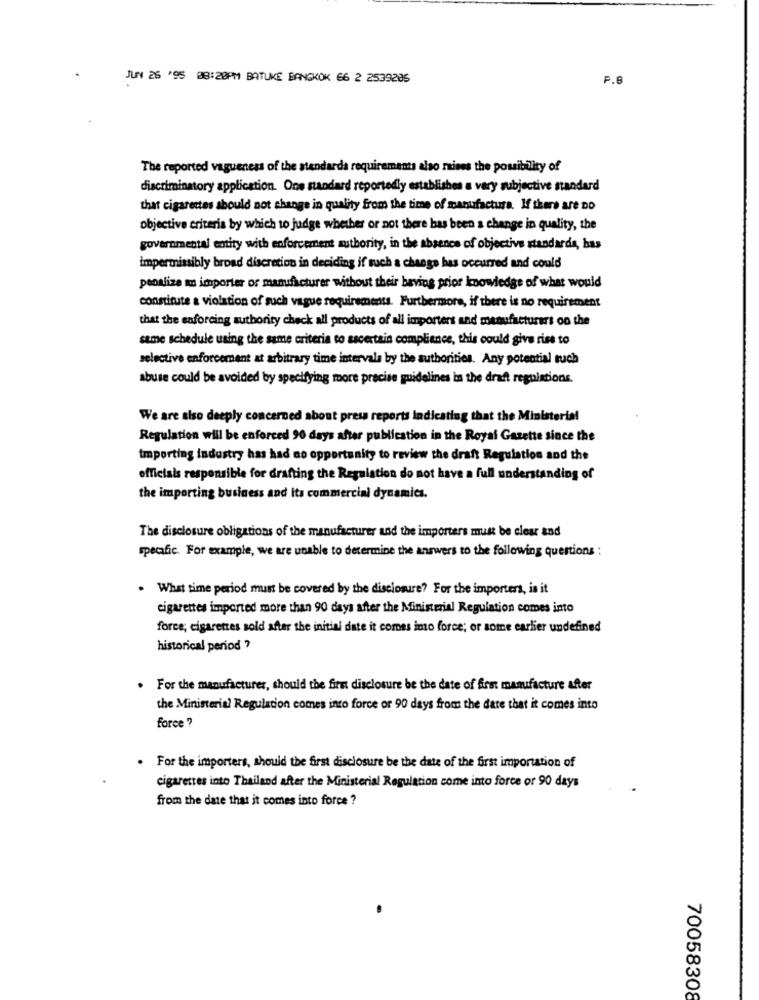
JUN 26 '95 08:20PM BATUKE BANGKOK 66 2 2539205
P.6
The reported vagueness of the standarda requirements also raises the possibility of
discriminatory application. One standard reportedly establishes a very subjective standard
that cigarettes abould not change in quality from the time of manufactura. If there are Do
objective criteria by which to judge whether or not there has been a change in quality, the
governmental entity with enforcement authority, in the absence of objectives standards, has
impermiasibly broad discretion in deciding if such a change has occurred and could
penalize mm importer or manufacturer without their beving prior knowledge of what would
constitute a violation of such vague requirements. Furthermore, if there is no requirement
that the enforcing authority check all products of all importers and manufacturers on the
same schedule using the same criteria to ascertain compliance, this could give rise to
selective enforcement at arbitrary time intervals by the authorities. Any potential tuch
abuse could be avoided by specifying more precise guidelines in the draft regulations.
We are also deeply concerned about press reports Indicating that the Ministerial
Regulation will be enforced 90 days after publication in the Royal Gazette since the
Importing industry has had no opportunity to review the draft Regulation and the
officials responsible for drafting the Regulation do not have a full understanding of
the importing business and Its commercial dynamics.
The disclosure obligations of the manufacturer and the importers must be clear and
specafic. For example, we are unable to determine the answers to the following questions :
. What time period must be covered by the disclosure? For the importers, is it
cigarettes imported more than 90 days after the Ministerial Regulation comes into
force; cigarettes sold after the initial date it comes imo force; or some earlier undefined
historical period ?
. For the manufacturer, should the firm disclosure be the date of first manufacture after
the Ministerial Regulation comes into force or 90 days from the date that it comes into
force ?
. For the importers, should the first disclosure be the date of the first importation of
cigarettes into Thailand after the Ministerial Regulation come into force or 90 days
from the date that it comes into force ?
70058308